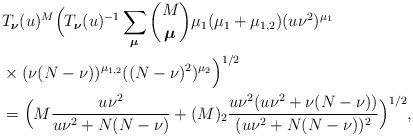
LaTeX: \begin{align*}&T_{\boldsymbol\nu}(u)^M\Bigl(T_{\boldsymbol\nu}(u)^{-1}\sum_{\boldsymbol\mu}\binom{M}{\boldsymbol\mu}\mu_1(\mu_1+\mu_{1,2}) (u\nu^2)^{\mu_1}\\&\times (\nu(N-\nu))^{\mu_{1,2}}((N-\nu)^2)^{\mu_2}\Bigr)^{1/2}\\&=\Bigl(M\frac{u\nu^2}{u\nu^2+N(N-\nu)}+(M)_2\frac{u\nu^2(u\nu^2+\nu(N-\nu))}{(u\nu^2+N(N-\nu))^2}\Bigr)^{1/2},\end{align*}